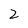
Character: Z